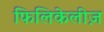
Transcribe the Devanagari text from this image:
फिलिकेलीज़